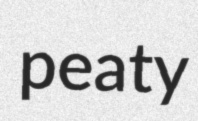
peaty